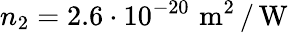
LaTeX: n_{2}=2.6\cdot 10^{-20}\, \, \mathrm{m}^{2}\, /\, \mathrm{W}